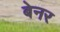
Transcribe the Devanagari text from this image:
बेनर